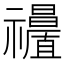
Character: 𥜩